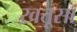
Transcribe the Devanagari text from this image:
ख़त्तूसा